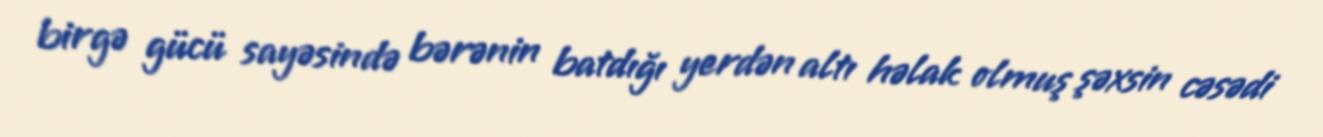
birgə gücü sayəsində bərənin batdığı yerdən altı həlak olmuş şəxsin cəsədi